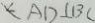
A D \bot B C